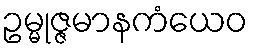
ဥမ္မုဇ္ဇမာနကံယေဝ